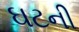
ઘટની